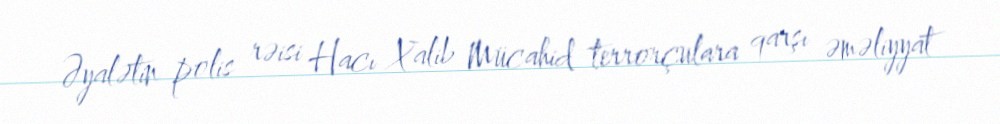
Əyalətin polis rəisi Hacı Xalib Mücahid terrorçulara qarşı əməliyyat